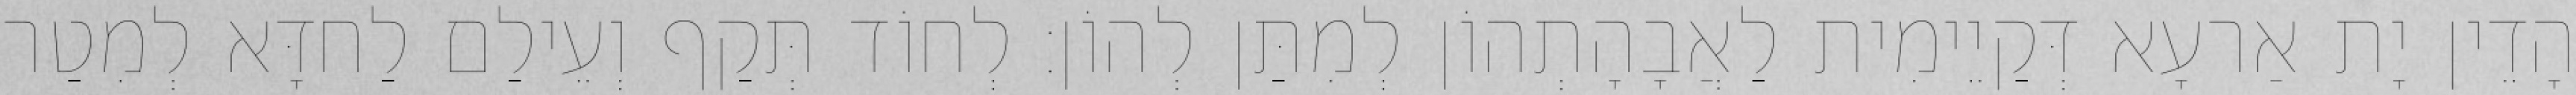
הָדֵין יָת אַרעָא דְּקַיֵימִית לַאֲבָהָתְהוֹן לְמִתַּן לְהוֹן׃ לְחוֹד תְּקַף וְעֵילַם לַחדָּא לְמִטַר